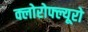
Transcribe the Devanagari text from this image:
क्लोरोफ्ल्यूरो